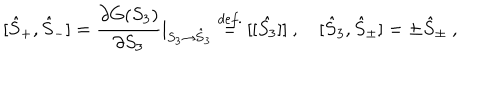
[ \hat { S } _ { + } , \hat { S } _ { - } ] = \displaystyle \frac { \partial G ( S _ { 3 } ) } { \partial S _ { 3 } } \vert _ { S _ { 3 } \to \hat { S } _ { 3 } } \stackrel { d e f . } { = } [ [ \hat { S _ { 3 } } ] ] ~ , ~ [ \hat { S } _ { 3 } , \hat { S } _ { \pm } ] = \pm \hat { S } _ { \pm } ~ ,